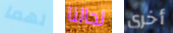
لهما لحالنا أخرى